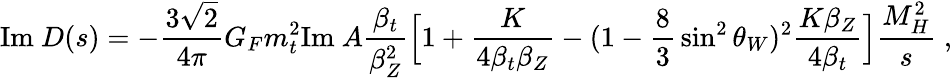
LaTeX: \mathrm{Im}\ D(s)=-{\frac{3\sqrt{2}}{4\pi}}G_{F}m_{t}^{2}\mathrm{Im\ }A{\frac{\beta_{t}}{\beta_{Z}^{2}}}\Bigl[1+{\frac{K}{4\beta_{t}\beta_{Z}}}-(1-{\frac{8}{3}}\sin^{2}\theta_{W})^{2}{\frac{K\beta_{Z}}{4\beta_{t}}}\Bigr]{\frac{M_{H}^{2}}{s}}\; ,